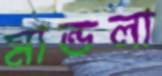
মান্ডলা